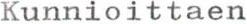
Kunnioittaen